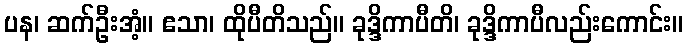
ပန၊ ဆက်ဦးအံ့။ ဧသာ၊ ထိုပီတိသည်။ ခုဒ္ဒိကာပီတိ၊ ခုဒ္ဒိကာပီလည်းကောင်း။